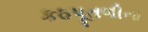
કઠપૂતળીના